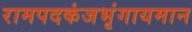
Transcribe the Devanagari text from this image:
रामपदकंजभृंगायमान